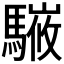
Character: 𩥘